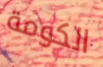
الكومة